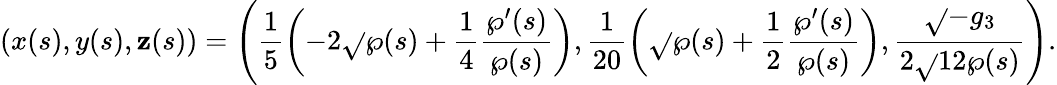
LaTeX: \left(x(s),y(s),\mathbf{z}(s)\right)=\left(\frac{{1}}{{5}}\left(-2\sqrt{}{{\wp(s)}}+\frac{{1}}{{4}}\frac{{\wp^{\prime}(s)}}{{\wp(s)}}\right),\frac{{1}}{{20}}\left(\sqrt{}{{\wp(s)}}+\frac{{1}}{{2}}\frac{{\wp^{\prime}(s)}}{{\wp(s)}}\right),\frac{{\sqrt{}{{-g_{3}}}}}{{2\sqrt{}{{12}}\wp(s)}}\right).